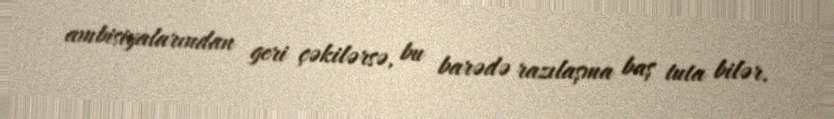
ambisiyalarından geri çəkilərsə, bu barədə razılaşma baş tuta bilər.